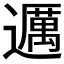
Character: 𬩤